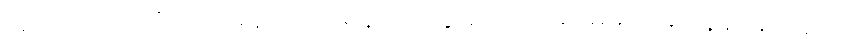
(၄) ဘယာဂတိ - လာမည့်ဘေးရန်ကိုတွေးကြောက်၍ မိမိအား ရန်ရှာနိုင်သူကို